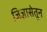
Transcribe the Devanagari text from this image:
जिज्ञासेतून